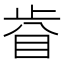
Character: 𥅵